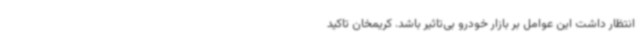
انتظار داشت این عوامل بر بازار خودرو بی‌تاثیر باشد. کریمخان تاکید